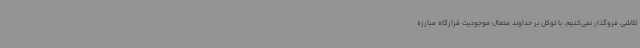
تلاشی فروگذار نمی‌کنیم. با توکل بر خداوند متعال موجودیت قرارگاه مبارزه